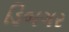
ડિબગર